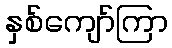
နှစ်ကျော်ကြာ